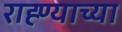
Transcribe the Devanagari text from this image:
राह्ण्याच्या